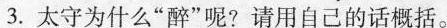
3.太守为什么”醉”呢?请用自己的话概括。